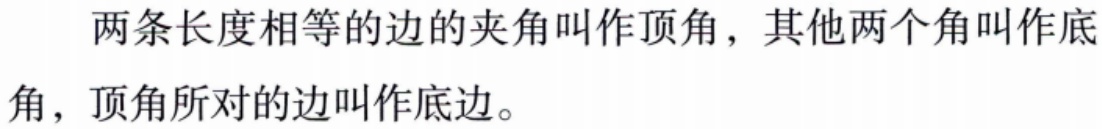
两条长度相等的边的夹角叫作顶角，其他两个角叫作底角，顶角所对的边叫作底边。